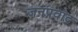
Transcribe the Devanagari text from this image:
जनप्रवाद